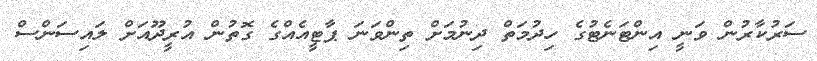
ސަރުކާރުން ވަނީ އިންޓަނެޓުގެ ހިދުމަތް ދިނުމަށް ތިންވަނަ ޕާޓީއެއްގެ ގޮތުން އުރީދޫއަށް ލައިސަންސް